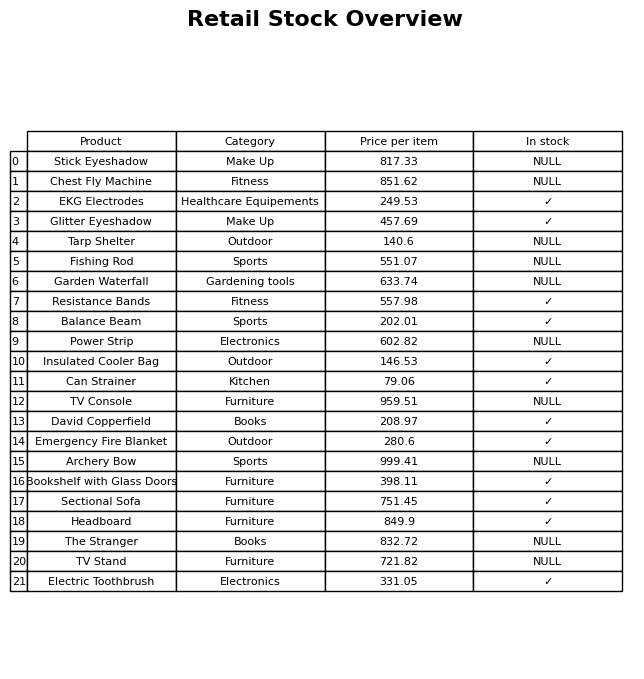
question: Is the TV Console in stock?
answer: NULL